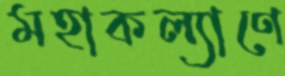
মহাকল্যাণে